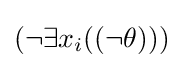
(\neg \exists x_{i}((\neg \theta )))